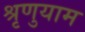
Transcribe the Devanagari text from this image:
श्रृणुयाम